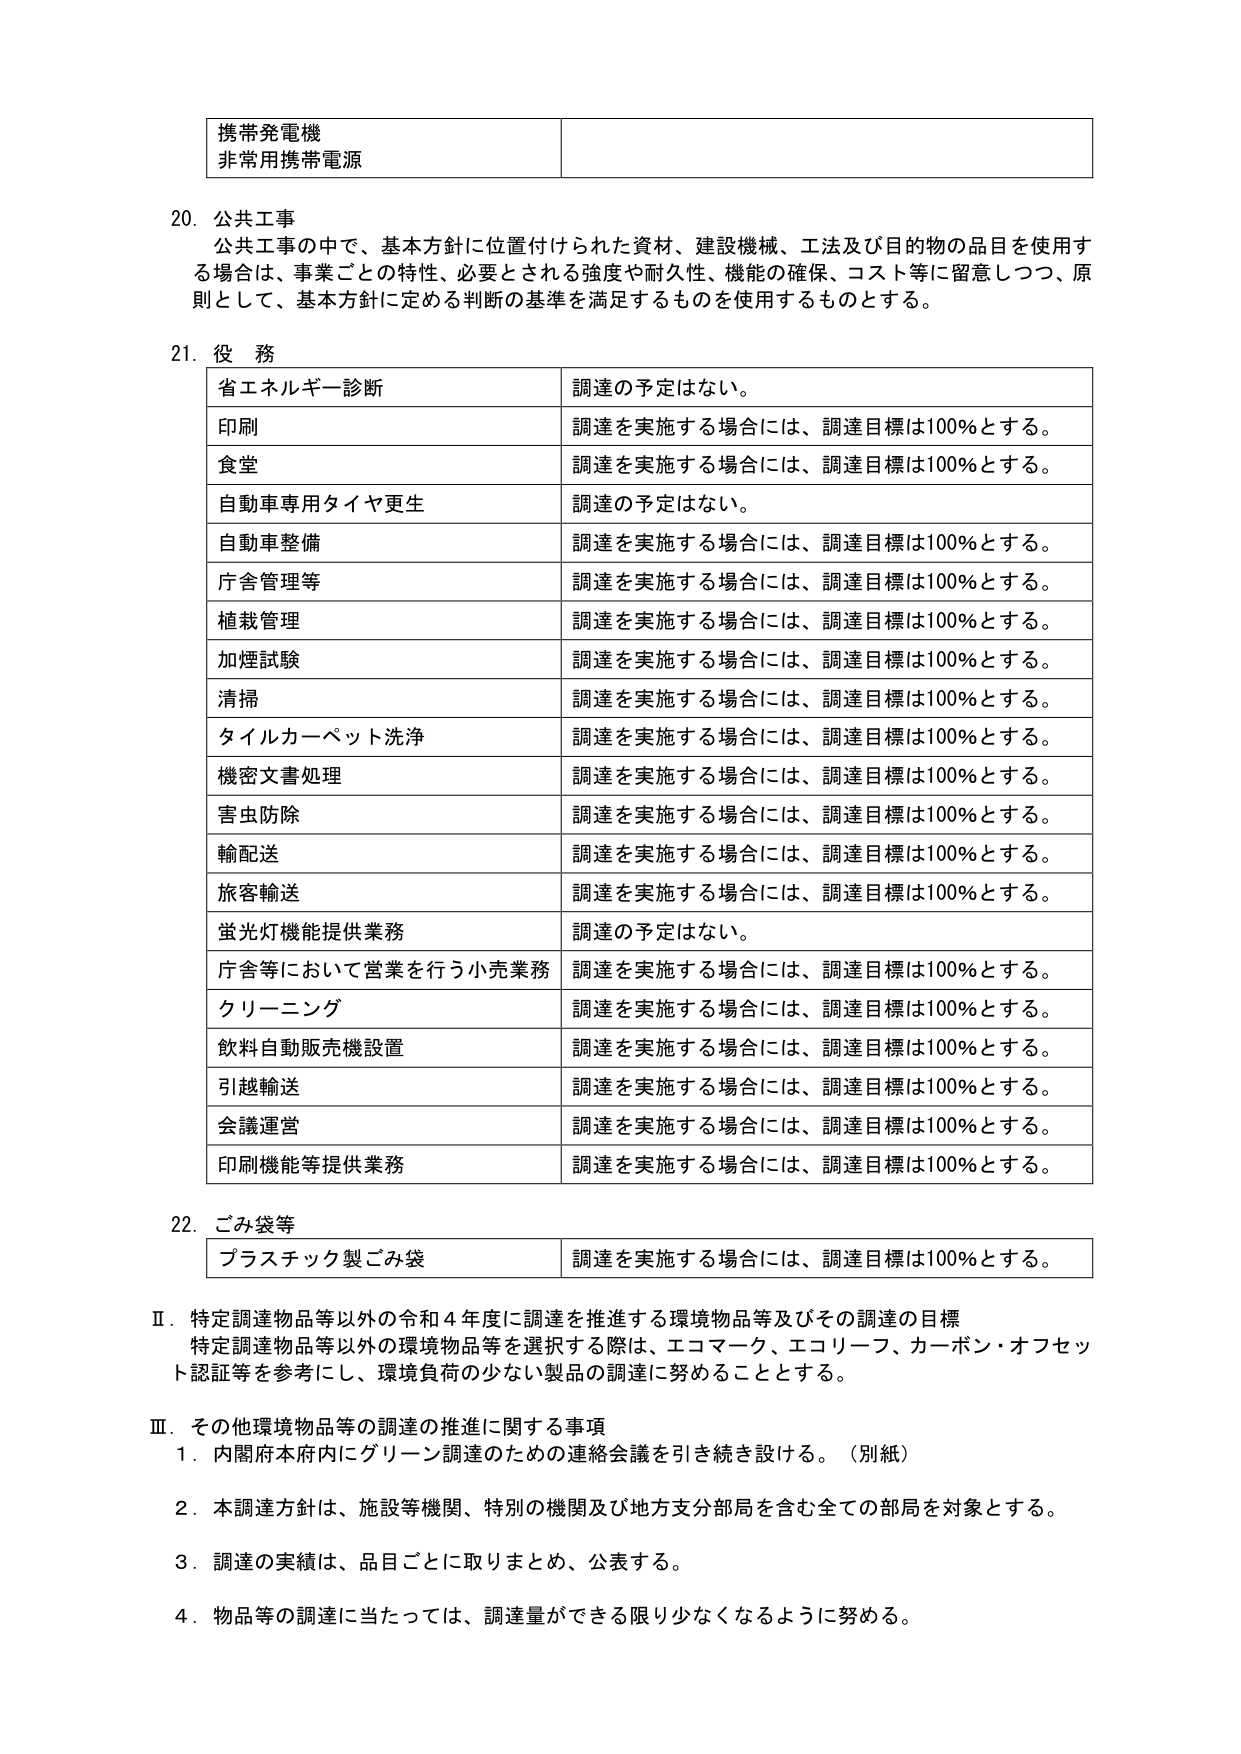
携帯発電機
非常用携帯電源

20. 公共工事
公共工事の中で、基本方針に位置付けられた資材、建設機械、工法及び目的物の品目を使用する場合は、事業ごとの特性、必要とされる強度や耐久性、機能の確保、コスト等に留意しつつ、原則として、基本方針に定める判断の基準を満足するものを使用するものとする。

21. 役務
省エネルギー診断　調達の予定はない。
印刷　調達を実施する場合には、調達目標は100％とする。
食堂　調達を実施する場合には、調達目標は100％とする。
自動車専用タイヤ更生　調達の予定はない。
自動車整備　調達を実施する場合には、調達目標は100％とする。
庁舎管理等　調達を実施する場合には、調達目標は100％とする。
植栽管理　調達を実施する場合には、調達目標は100％とする。
加煙試験　調達を実施する場合には、調達目標は100％とする。
清掃　調達を実施する場合には、調達目標は100％とする。
タイルカーペット洗浄　調達を実施する場合には、調達目標は100％とする。
機密文書処理　調達を実施する場合には、調達目標は100％とする。
害虫防除　調達を実施する場合には、調達目標は100％とする。
輸配送　調達を実施する場合には、調達目標は100％とする。
旅客輸送　調達を実施する場合には、調達目標は100％とする。
蛍光灯機能提供業務　調達の予定はない。
庁舎等において営業を行う小売業務　調達を実施する場合には、調達目標は100％とする。
クリーニング　調達を実施する場合には、調達目標は100％とする。
飲料自動販売機設置　調達を実施する場合には、調達目標は100％とする。
引越輸送　調達を実施する場合には、調達目標は100％とする。
会議運営　調達を実施する場合には、調達目標は100％とする。
印刷機能等提供業務　調達を実施する場合には、調達目標は100％とする。

22. ごみ袋等
プラスチック製ごみ袋　調達を実施する場合には、調達目標は100％とする。

Ⅱ．特定調達物品等以外の令和４年度に調達を推進する環境物品等及びその調達の目標
特定調達物品等以外の環境物品等を選択する際は、エコマーク、エコリーフ、カーボン・オフセット認証等を参考にし、環境負荷の少ない製品の調達に努めることとする。

Ⅲ．その他環境物品等の調達の推進に関する事項
１．内閣府本府内にグリーン調達のための連絡会議を引き続き設ける。（別紙）
２．本調達方針は、施設等機関、特別の機関及び地方支分部局を含む全ての部局を対象とする。
３．調達の実績は、品目ごとに取りまとめ、公表する。
４．物品等の調達に当たっては、調達量ができる限り少なくなるように努める。